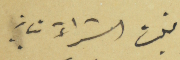
قبلت الشراء بما فيه